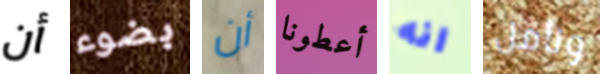
أن بضوء أن أعطونا انه ونأمل